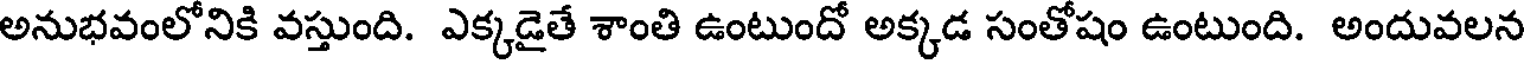
అనుభవంలోనికి వస్తుంది. ఎక్కడైతే శాంతి ఉంటుందో అక్కడ సంతోషం ఉంటుంది. అందువలన